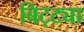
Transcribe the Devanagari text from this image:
बिट्ट्या